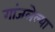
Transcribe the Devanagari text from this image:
गांजलेल्या